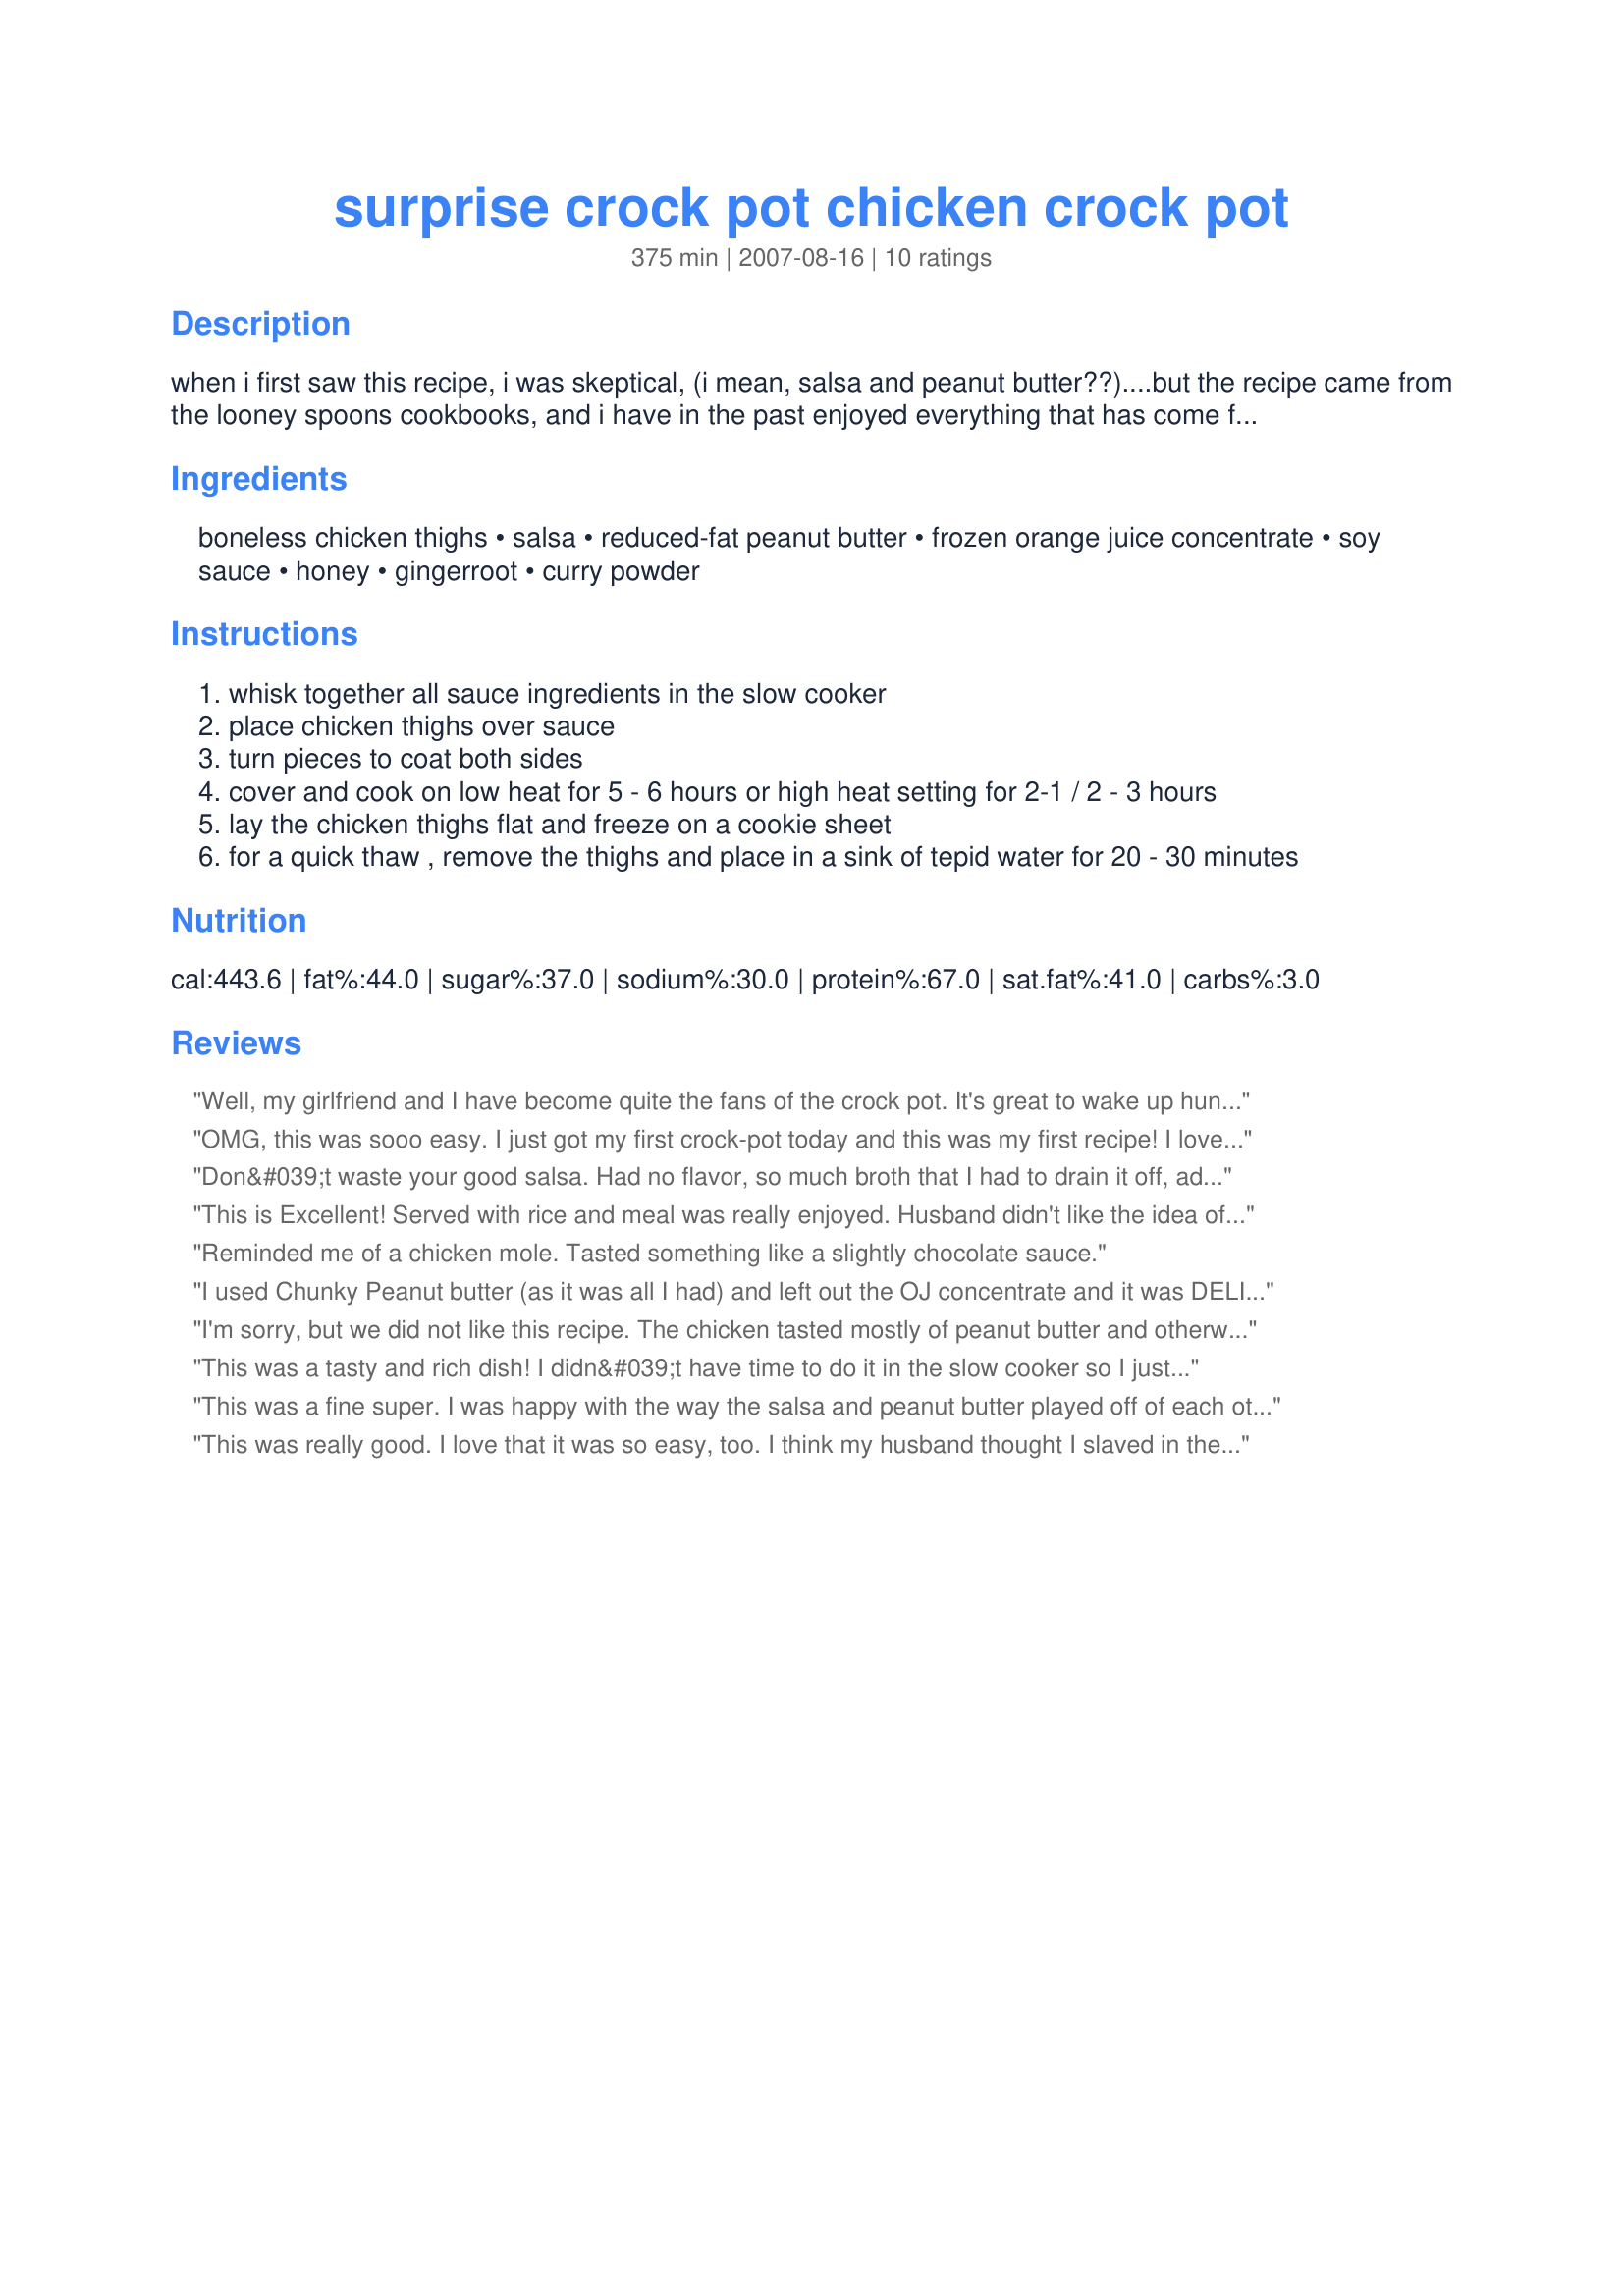
surprise crock pot chicken crock pot
Preparation time: 375 minutes

when i first saw this recipe, i was skeptical, (i mean, salsa and peanut butter??)....but the recipe came from the looney spoons cookbooks, and i have in the past enjoyed everything that has come from there!! surprised me.... the ingredients marry up very well. this recipe is fast and easy to make up and dump into the crock pot....or prepare for the freezer for a later date (instructions for a quick thaw). we loved this one...so much that my lovely daughter took all the leftovers to work and didn't even save me some for my lunch!!

Ingredients:
boneless chicken thighs, salsa, reduced-fat peanut butter, frozen orange juice concentrate, soy sauce, honey, gingerroot, curry powder

Steps:
whisk together all sauce ingredients in the slow cooker
place chicken thighs over sauce
turn pieces to coat both sides
cover and cook on low heat for 5 - 6 hours or high heat setting for 2-1 / 2 - 3 hours
lay the chicken thighs flat and freeze on a cookie sheet
for a quick thaw , remove the thighs and place in a sink of tepid water for 20 - 30 minutes

Reviews:
Well, my girlfriend and I have become quite the fans of the crock pot. It's great to wake up hungover, greasy from the lube, and sore in typically unused places to find chicken hot and falling off the bone in the kitchen. That and a bloody mary is really all you need! Thanks again!

Oh, and add some red pepper flakes to spice this one up a little!
OMG, this was sooo easy. I just got my first crock-pot today and this was my first recipe! I loved it. Served it with Indian Nan bread from Trader Joe`s because it has an exotic Indian / Thai food flavor that blended wonderfully with this bread. My man loved it and I will def make it again. My husband can even make this himself!
Don&#039;t waste your good salsa. Had no flavor, so much broth that I had to drain it off, add cream of mushroom and corn starch to try and thicken it up. the upside, the rice was perfect
This is Excellent!
Served with rice and meal was really enjoyed. Husband didn't like the idea of using thighs but later remarked how they worked -out well. Will make again and serve with a chudney also.
Reminded me of a chicken mole. Tasted something like a slightly chocolate sauce.
I used Chunky Peanut butter (as it was all I had) and left out the OJ concentrate and it was DELISH. The leftovers were excellent reheated in the microwave and the aroma had everyone at the lunch table asking what smelled so good.
Will definately make this again
I'm sorry, but we did not like this recipe. The chicken tasted mostly of peanut butter and otherwise did not have much flavor. Maybe I should have used Hot salsa instead of Medium? I can see myself putting this on an Asian salad or as chicken for some other recipe...
This was a tasty and rich dish! I didn&#039;t have time to do it in the slow cooker so I just cooked it in a wok. Mixed all the ingredients as it says in the recipe, cooked the chicken first, steamed some broccoli, then combined it all in the wok. I also used chicken breast as that was all I had. Might cut back a little bit on the peanut butter next time. Served on basmati rice. Delicious!
This was a fine super.
I was happy with the way the salsa and peanut butter played off of each other I did sprinkle a little Tony Chachere's Creole Seasoning on top of the chicken before adding to the mix. I took the leftovers and put it on warm tortilla's the next day for lunch with Ramen noddles. IT WAS AWSOME!
Thanks I'll make it again
This was really good. I love that it was so easy, too. I think my husband thought I slaved in the kitchen for hours and it only took me five minutes to prepare. The only change I'd make is next time I'll add a hot pepper or pepper flakes.
